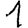
Digit: 1